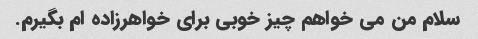
سلام من می خواهم چیز خوبی برای خواهرزاده ام بگیرم.